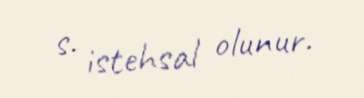
s. istehsal olunur.